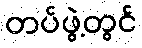
တပ်ဖွဲ့တွင်